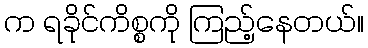
က ရခိုင်ကိစ္စကို ကြည့်နေတယ်။